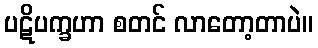
ပဋိပက္ခဟာ စတင် လာတော့တာပဲ။